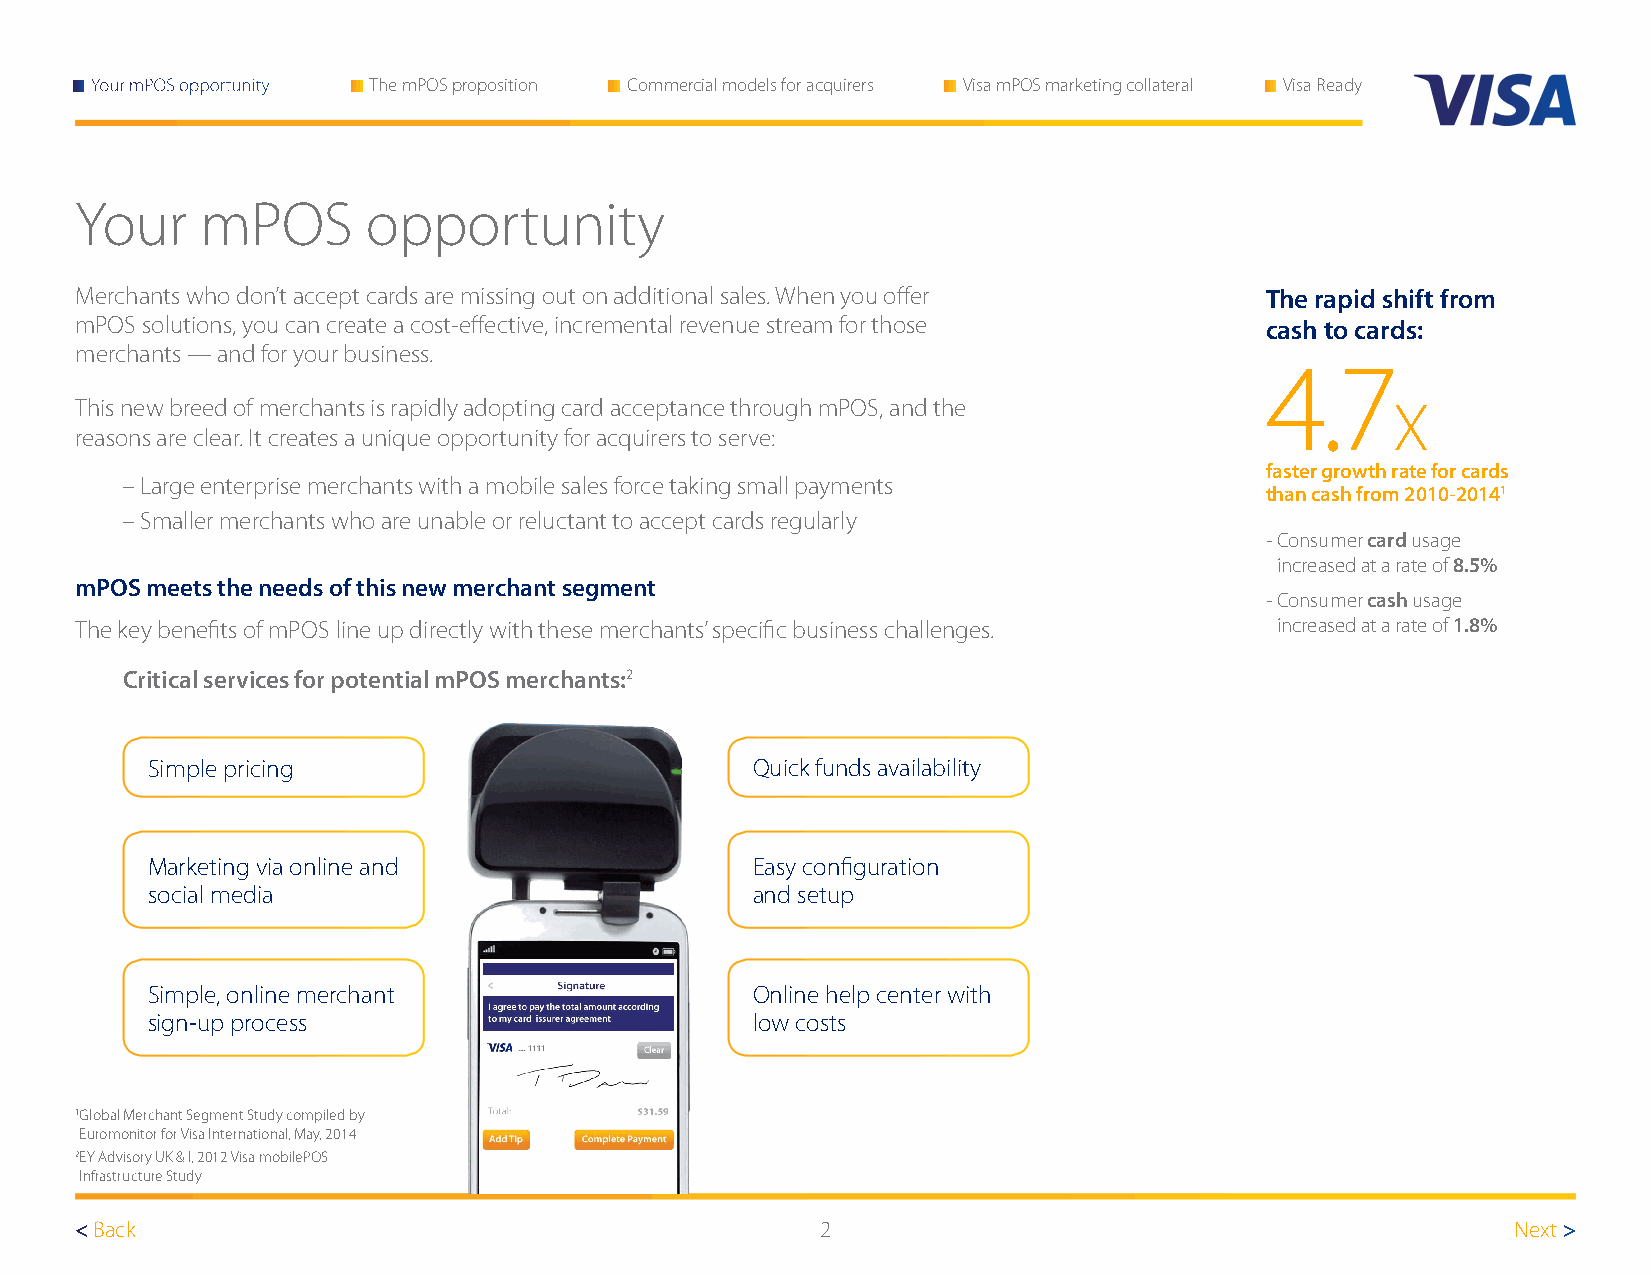
Your mPOS opportunity The mPOS proposition Commercial models for acquirers Visa mPOS marketing collateral Visa Ready
 Your    mPOS       opportunity
 Merchants who don’t accept cards are missing out on additional sales. When you offer The rapid shift from
 mPOS solutions, you can create a cost-effective, incremental revenue stream for those cash to cards:
 merchants — and for your business.
 4.7
 This new breed of merchants is rapidly adopting card acceptance through mPOS, and the  X
 reasons are clear. It creates a unique opportunity for acquirers to serve:
 faster growth rate for cards
 – Large enterprise merchants with a mobile sales force taking small payments
 than cash from 2010-20141
 – Smaller merchants who are unable or reluctant to accept cards regularly
 - Consumer card usage
 increased at a rate of 8.5%
 mPOS meets the needs of this new merchant segment
 - Consumer cash usage
 The key benefits of mPOS line up directly with these merchants’ specific business challenges. increased at a rate of 1.8%
 Critical services for potential mPOS merchants:2
 Simple pricing                          Quick funds availability
 Marketing via online and                Easy configuration
 social media                            and setup
 Simple, online merchant                 Online help center with
 sign-up process                         low costs
 1G lobal Merchant Segment Study compiled by
 Euromonitor for Visa International, May, 2014
 2 EY Advisory UK & I, 2012 Visa mobilePOS
 Infrastructure Study
 < Back                                           2                                             Next >